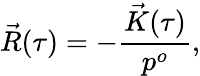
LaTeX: \vec{R}(\tau)=-\frac{\vec{K}(\tau)}{p^{o}},